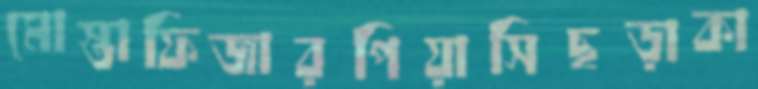
মোস্তাফিজারপিয়াসিছড়াকা